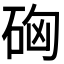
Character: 𥒚